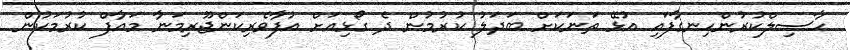
ހާސިލްކުރުންހިނގާފައި އުޅޭ ތަނަކަށް ބަދަލު ކުރުމުން ދެ ގޯޅިއަށް އުފާވެރިކަންޖޫރިމަނާ މައާފް ކުރުމަކުން